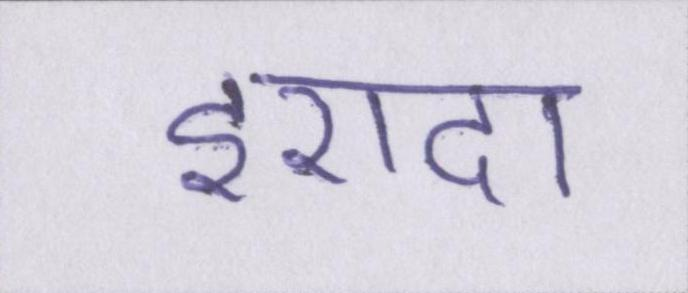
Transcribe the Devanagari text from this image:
इरादा